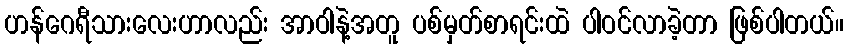
ဟန်ဂေရီသားလေးဟာလည်း အာဝါနဲ့အတူ ပစ်မှတ်စာရင်းထဲ ပါဝင်လာခဲ့တာ ဖြစ်ပါတယ်။